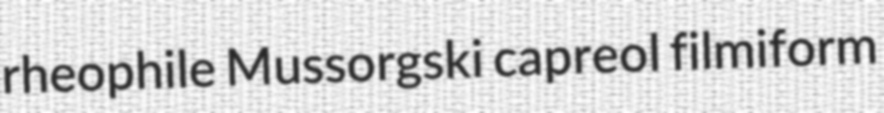
rheophile Mussorgski capreol filmiform